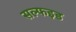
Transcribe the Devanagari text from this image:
सल्फइड